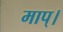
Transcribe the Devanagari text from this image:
माप्।